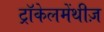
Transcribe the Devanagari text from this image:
ट्रॉकेलमेंथीज़